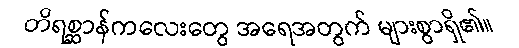
တိရစ္ဆာန်ကလေးတွေ အရေအတွက် များစွာရှိ၏။